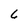
Character: 6